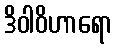
ဒိဝါဝိဟာရော